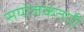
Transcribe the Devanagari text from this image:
सयोजकताएँ